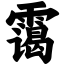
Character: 霭